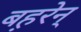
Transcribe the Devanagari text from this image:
बह़रेन्